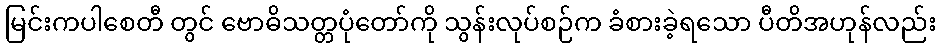
မြင်းကပါစေတီ တွင် ဗောဓိသတ္တပုံတော်ကို သွန်းလုပ်စဉ်က ခံစားခဲ့ရသော ပီတိအဟုန်လည်း